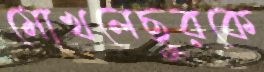
মোখলেছুরকে